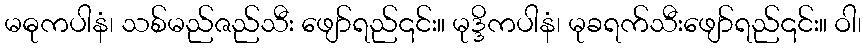
မဓုကပါနံ၊ သစ်မည်ဇည်သီး ဖျော်ရည်၎င်း။ မုဒ္ဒိကပါနံ၊ မုခရက်သီးဖျော်ရည်၎င်း။ ဝါ၊